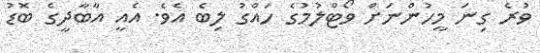
ވުރެ ގިނަ މީހުންނަށް ވޯޓްލުމުގެ ހައްގު ލިބެ އެވެ. އެއީ އާބާދީގެ ބޮޑު